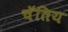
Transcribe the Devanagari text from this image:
चॅतिय